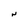
Character: N